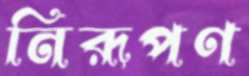
নিরূপণ